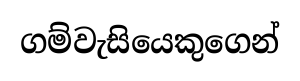
ගම්වැසියෙකුගෙන්